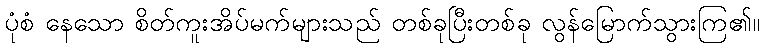
ပုံစံ နေသော စိတ်ကူးအိပ်မက်များသည် တစ်ခုပြီးတစ်ခု လွန်မြောက်သွားကြ၏။